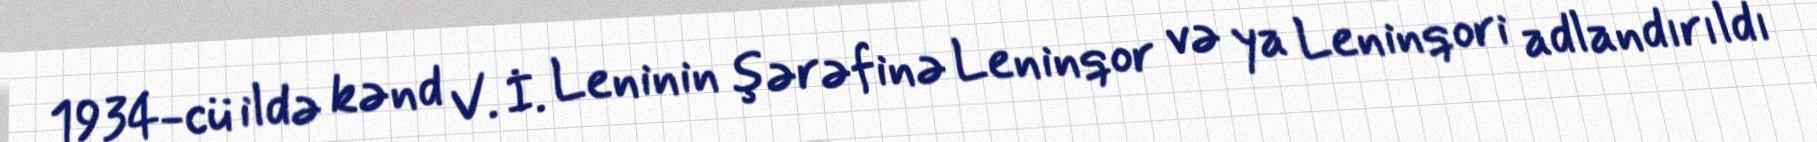
1934-cü ildə kənd V. İ. Leninin şərəfinə Leninqor və ya Leninqori adlandırıldı